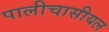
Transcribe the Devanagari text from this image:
पालीचासीयल